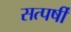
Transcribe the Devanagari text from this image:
सत्पर्षी